Annual report of the Imperial Bacteriologist
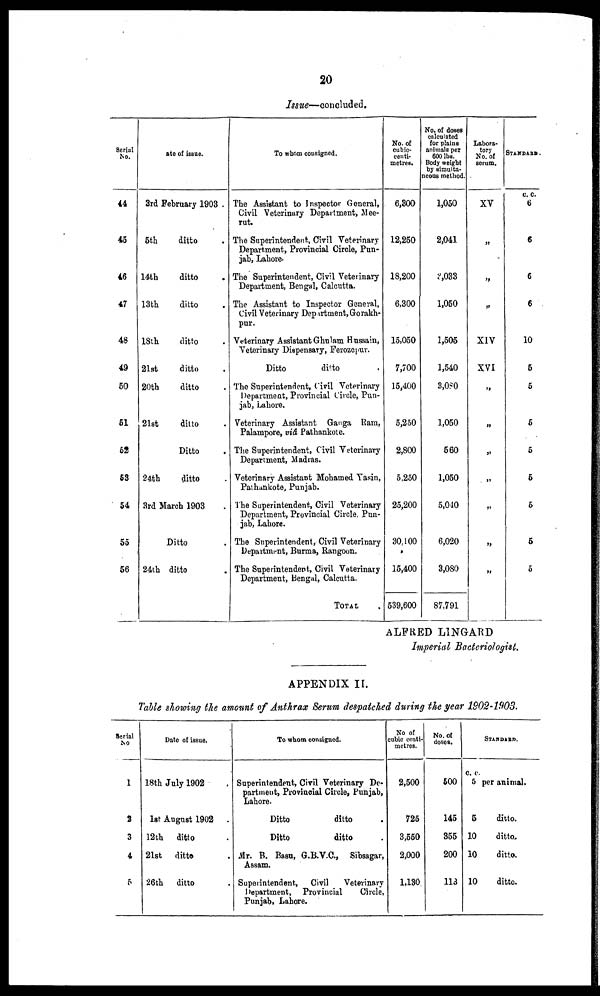
20
Issue—concluded.
Serial
No.
44
45
46
47
48
49
50
51
52
53
54
55
56
Date of issue.
3rd February 1903 .
5th
ditto
14th
ditto
13th
ditto
18th
ditto
21st
ditto
20th
ditto
21st
ditto
Ditto
24th
ditto
3rd March 1903
Ditto
24th ditto
To whom consigned.
The Assistant to Inspector General,
Civil Veterinary Department, Mee¬
rut.
The Superintendent, Civil Veterinary
Department, Provincial Circle, Pun-
jab, Lahore.
The Superintendent, Civil Veterinary
Department, Bengal, Calcutta.
The Assistant to Inspector General,
Civil Veterinary Department,Grorakh-
pur.
Veterinary Assistant Ghulam Hussain,
Veterinary Dispensary, Ferozepur.
Ditto
ditto
The Superintendent, Civil Veterinary
Department, Provincial Circle, Pun-
jab, Lahore.
Veterinary Assistant Ganga Ram,
Palampore, viâ Pathankote.
The Superintendent, Civil Veterinary
Department, Madras.
Veterinary Assistant Mohamed Yasin,
Pathankote, Punjab.
The Superintendent, Civil Veterinary
Department, Provincial Circle Pun-
jab, Lahore.
The Superintendent, Civil Veterinary
Department, Burma, Rangoon.
The Superintendent, Civil Veterinary
Department, Bengal, Calcutta.
TOTAL .
No. of
cubic¬
centi¬
metres.
6,300
12,250
18,200
6,300
15,050
7,700
15,400
5,250
2,800
5,250
25,200
30,100
15,400
539,600
No. of doses
calculated
for plains
animals per
600 lbs.
Body weight
by simulta-
neous method.
1,050
2,041
3,033
1,050
1,505
1,540
3,080
1,050
560
1,050
5,040
6,020
3,080
87,791
Labora-
tory
No. of
serum.
XV
„
„
„
XIV
XVI
„
„
„
„
„
„
„
STANDARD.
C. C.
6
6
6
6
10
5
5
5
5
5
5
5
5
ALFRED LINGARD
Imperial Bacteriologist.
APPENDIX II.
Table showing the amount of Anthrax Serum despatched during the year 1902-1903.
Serial
No
1
2
3
4
5
Date of issue.
18th July 1902 .
1st August 1902 .
12th ditto .
21st ditto .
26th ditto .
To whom consigned.
Superintendent, Civil Veterinary De-
partment, Provincial Circle, Punjab,
Lahore.
Ditto
ditto .
Ditto
ditto
Mr. B. Basu, G.B.V.C., Sibsagar,
Assam.
Superintendent, Civil
Veterinary
Department, Provincial
Circle,
Punjab, Lahore.
No of
cubic centi-
metres.
2,500
725
3,550
2,000
1,130
No.of
doses.
500
145
355
200
113
c. c.
5
5
10
10
10
STANDARD.
per animal.
ditto.
ditto.
ditto.
ditto.